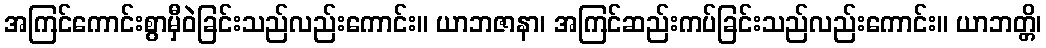
အကြင်ကောင်းစွာမှီဝဲခြင်းသည်လည်းကောင်း။ ယာဘဇာနာ၊ အကြင်ဆည်းကပ်ခြင်းသည်လည်းကောင်း။ ယာဘတ္တိ၊